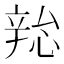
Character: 𫐜